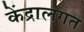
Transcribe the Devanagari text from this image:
केंद्रालगत